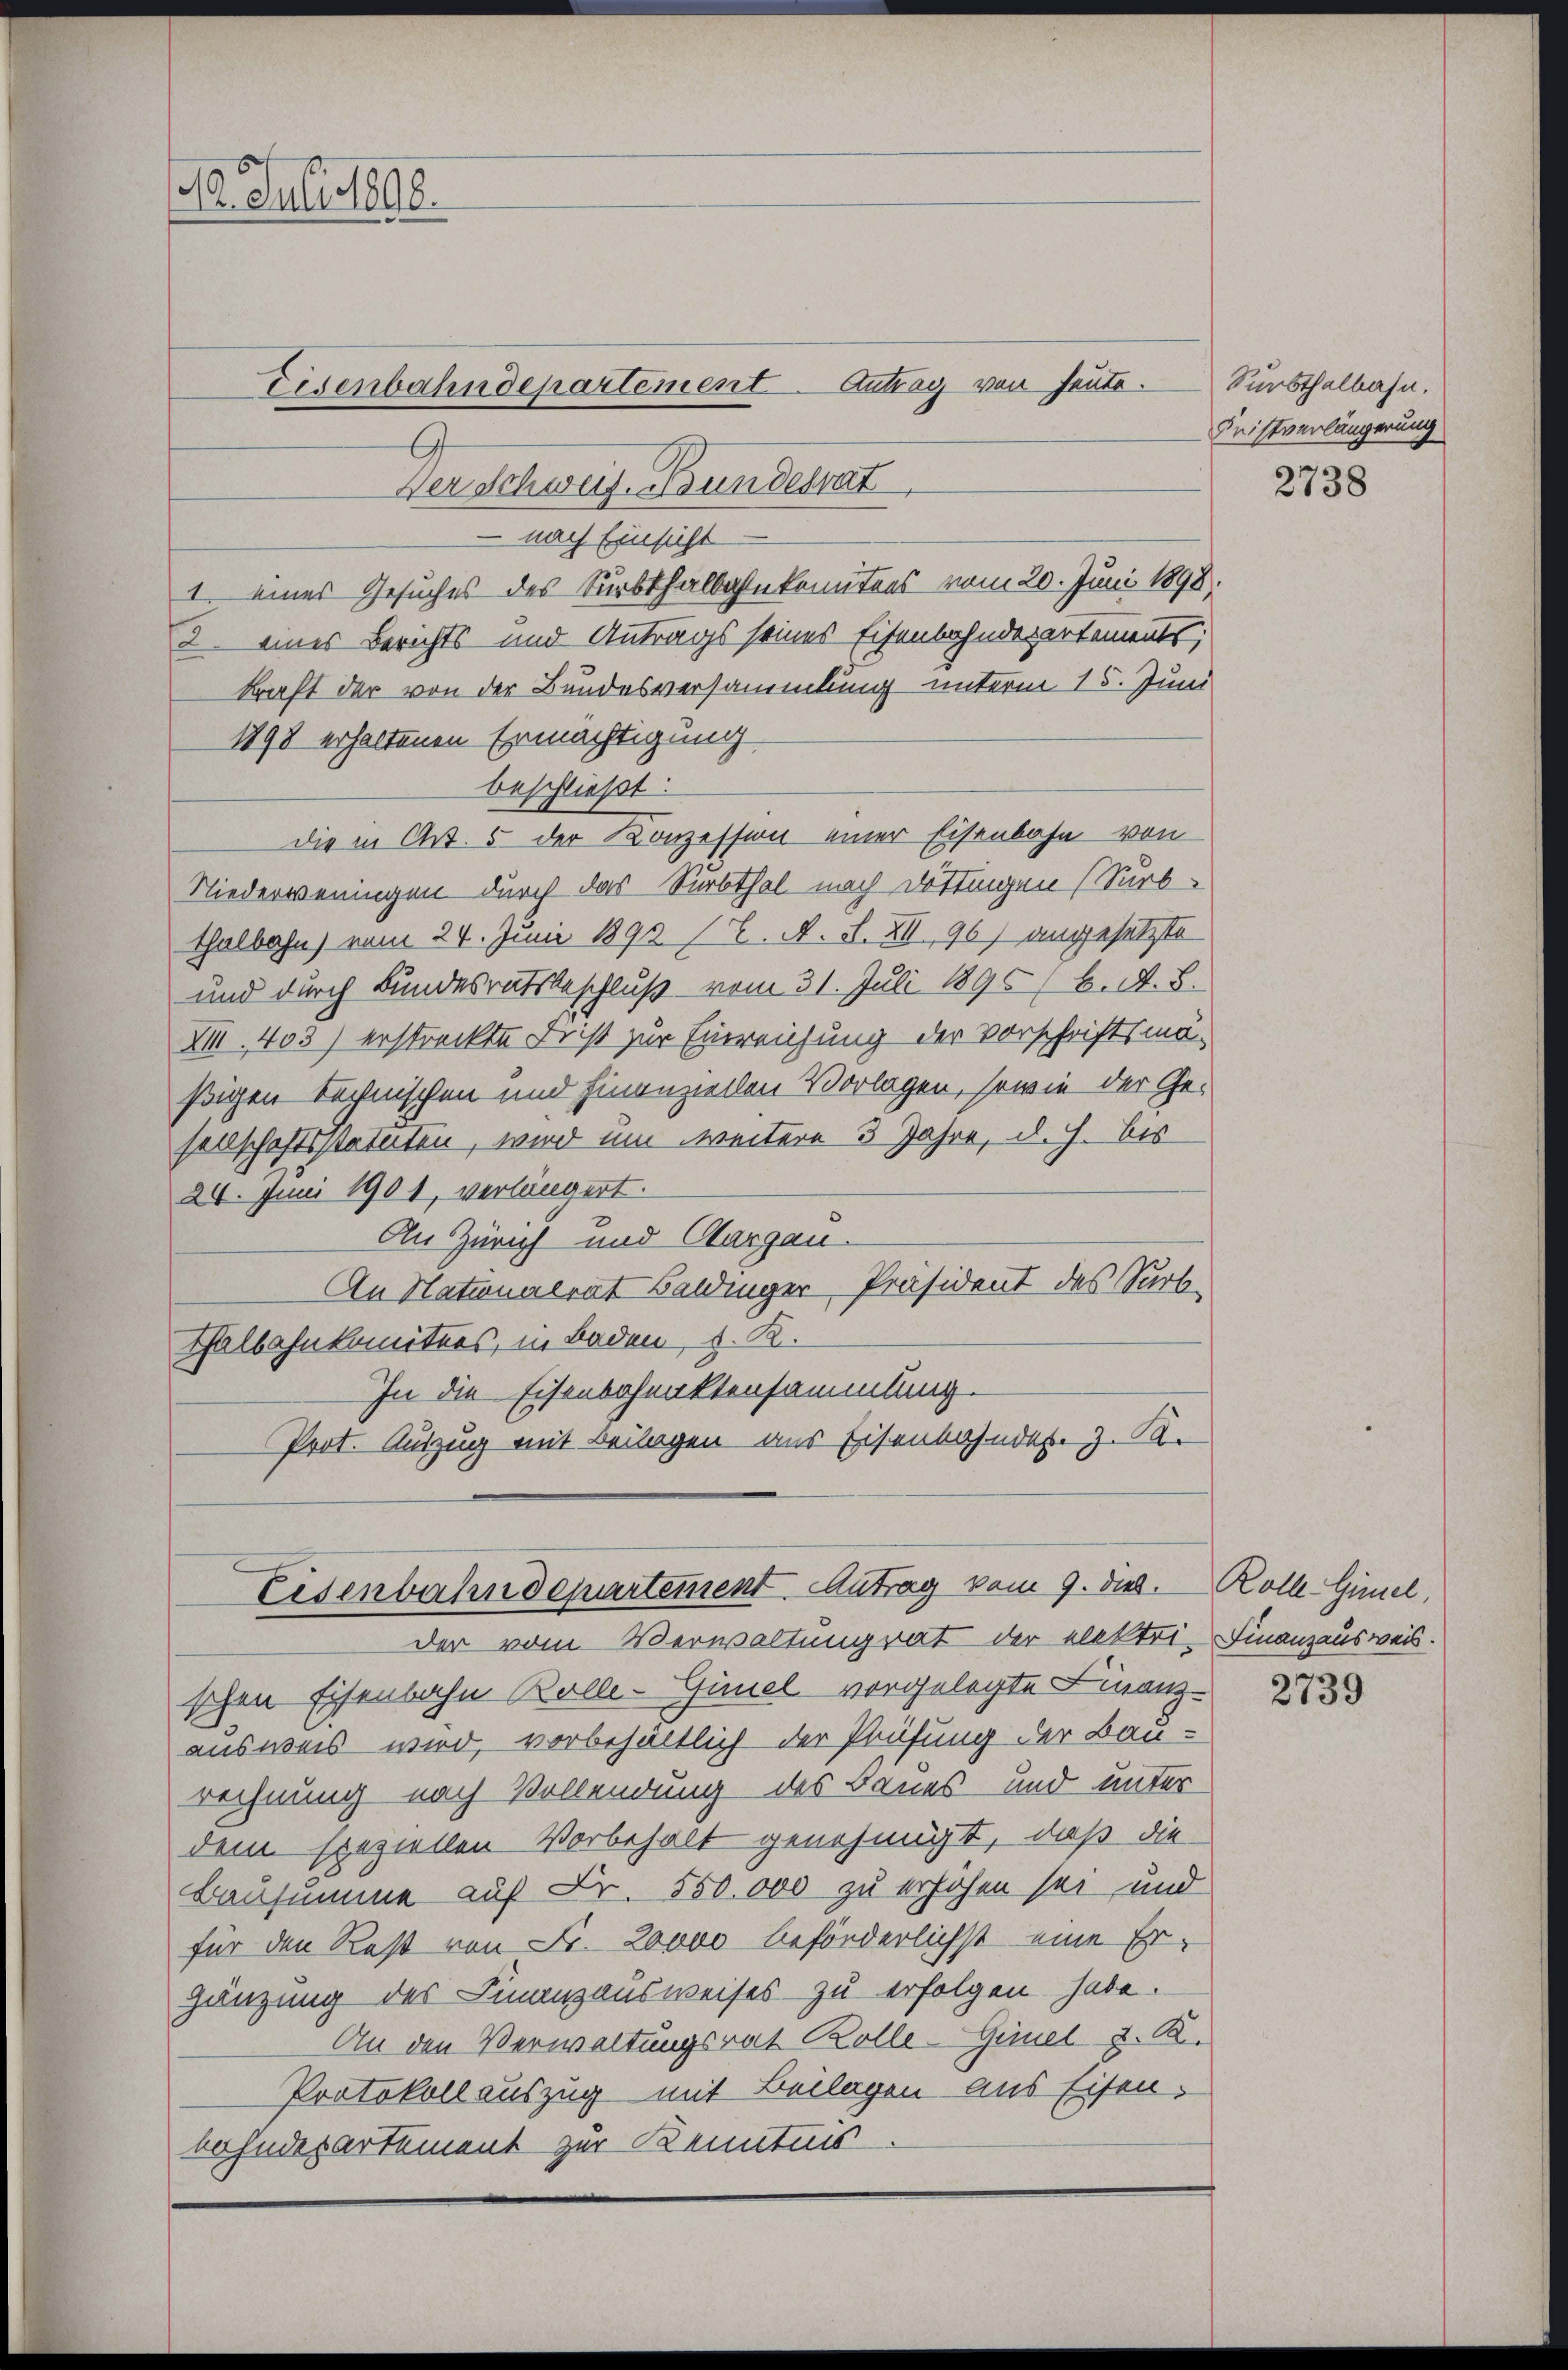
10. Juli 1890.

— nach Einsicht
I. eines Gesuches des Surbthalbahnkomitens vom 20. Juni 1898.
2. eines Berichts- und Antrags seines Eisenbahndepartements,
kraft der von der Bundesversammlung unterm 15. Juni
1898 erhaltenen Ermächtigung
beschließt:
die in Art. 5 der Konzession einer Eisenbahn von
Niederweningen durch das Surbthal nach Döttingen (Surb-
thalbahn) vom 24. Juni 1890 (2. A. S. XII 96) angesetzte
und durch Bundesratsbeschluß vom 31. Juli 1896/ B. A. B.
XIII. 403) erstreckte Frist zur Einreichung der Vorschriftsmäßigen technischen und Finanziellen Vorlagen, sowie der Gesellschaftsstatuten, wird um weitere 3 Jahre, d. h. bis
24. Juni 1901, verlängert.
An Zürich und Aargau.
An Nationalrat Baldinger Präsident des Surb¬
Thalbahnkomitees, in Baden, d. R.
In die Eisenbofunktensammlung.
Prot. Auszug mit Beilagen aus Eisenbahnder z. B.
Eisenbahndepartement Antrag vom 9. Diel.  Rolle-Gimel,
der vom Verwaltungrat der elektrischen Eisenbahn Kolle-Gimel vorgelegte Finanz-
ausweis wird, vorbehältlich der Prüfung der Bau-
rechnung nach Vollendung des Baues und unter
dem speziellen Vorbehalt genehmigt, daß die
Bausumme auf Fr. 550.000 zu erhöhen sei und
für den Rest von Fr. Londo beförderlichst eine Er-
Hänzung des Finanzausweises zu erfolgen habe.
An den Verwaltungsrat Kolle-Gimel z. B.
Protokoll auszug mit Beilagen aus Eisen.
bahndepartement zur Kenntnis.

Eisenbahndepartement Antrag von heute.

Der Schweiz. Bundesrat

Surbthalbahn.
Fristverlängerung

2738

Finanzausweis.

2739